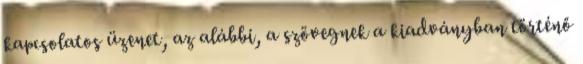
kapcsolatos üzenet, az alábbi, a szövegnek a kiadványban történő